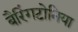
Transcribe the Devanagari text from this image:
बैरिंगटोनिया